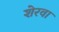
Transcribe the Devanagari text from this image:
शेरवा